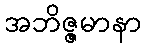
အဘိဇ္ဇမာနာ